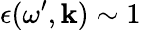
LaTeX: \epsilon(\omega^{\prime},\boldsymbol{\mathbf{k}})\sim1